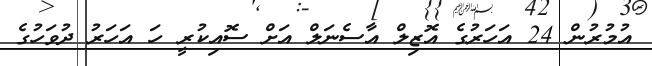
އުމުރުން 24 އަހަރުގެ އޮޒިލް އާސެނަލް އަށް ސޮއިކުރީ ހަ އަހަރު ދުވަހުގެ